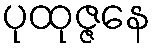
ပုထုဇ္ဇနေ